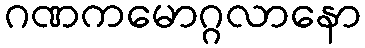
ဂဏကမောဂ္ဂလာနော